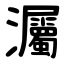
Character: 灟